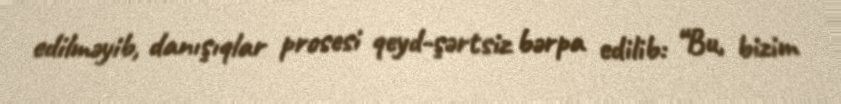
edilməyib, danışıqlar prosesi qeyd-şərtsiz bərpa edilib: “Bu, bizim